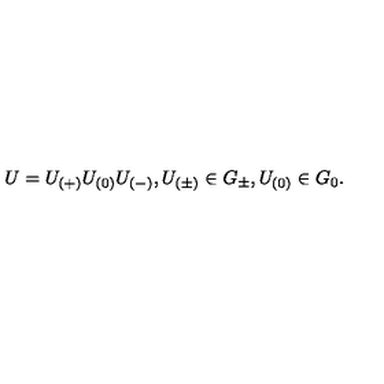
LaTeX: U = U _ { ( + ) } U _ { ( 0 ) } U _ { ( - ) } , U _ { ( \pm ) } \in G _ { \pm } , U _ { ( 0 ) } \in G _ { 0 } .